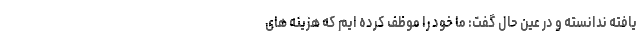
یافته ندانسته و در عین حال گفت: ما خود را موظف کرده ایم که هزینه های